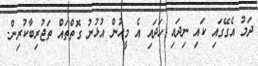
ދަމު އެގޭގައި ކައި ނިދައި ހަދައި އެ މީހުން އުޅުނު ގޮތްތައް ތަޖުރިބާކުރިން.